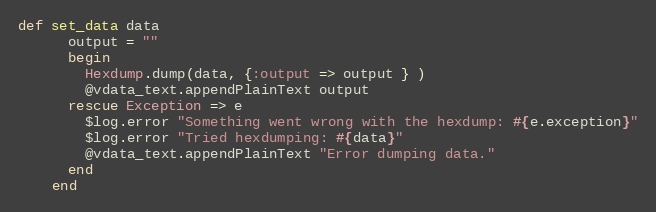
Language: Ruby
def set_data data
      output = ""
      begin
        Hexdump.dump(data, {:output => output } )
        @vdata_text.appendPlainText output
      rescue Exception => e
        $log.error "Something went wrong with the hexdump: #{e.exception}"
        $log.error "Tried hexdumping: #{data}"
        @vdata_text.appendPlainText "Error dumping data."
      end
    end